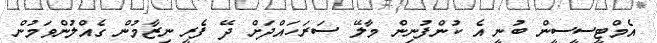
އެމްޓީސީސީން ބުނީ އެ ކުންފުނިން މާލޭ ސަރަހައްދަށް ދޭ ފެރީ ނިޒާމުން ގެއްލުންވަމުން